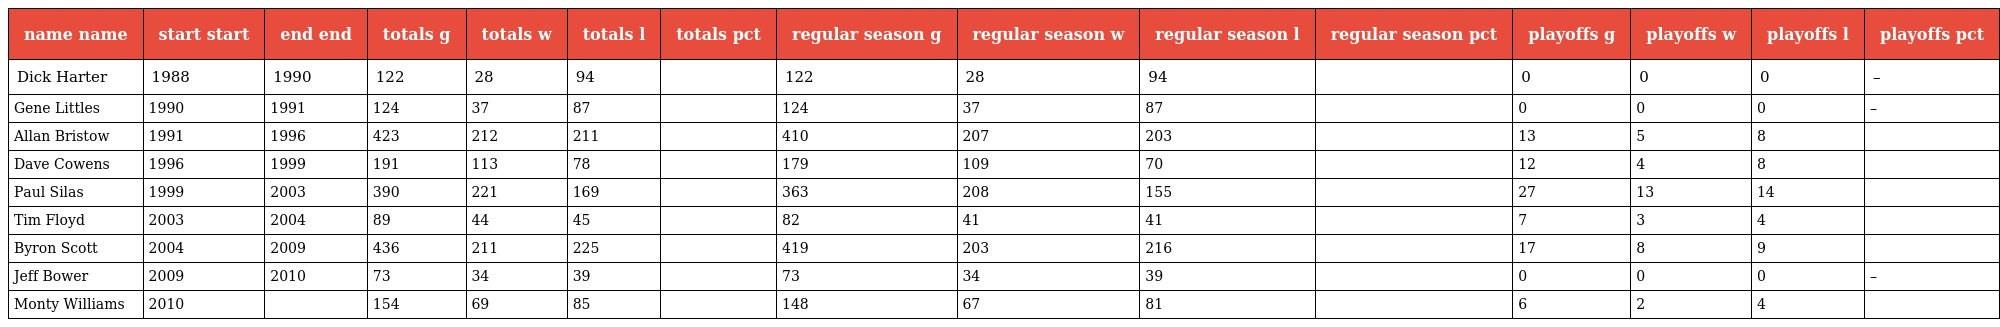
| name name | start start | end end | totals g | totals w | totals l | totals pct | regular season g | regular season w | regular season l | regular season pct | playoffs g | playoffs w | playoffs l | playoffs pct |
 | --- | --- | --- | --- | --- | --- | --- | --- | --- | --- | --- | --- | --- | --- | --- |
 | Dick Harter | 1988 | 1990 | 122 | 28 | 94 |  | 122 | 28 | 94 |  | 0 | 0 | 0 | – |
 | Gene Littles | 1990 | 1991 | 124 | 37 | 87 |  | 124 | 37 | 87 |  | 0 | 0 | 0 | – |
 | Allan Bristow | 1991 | 1996 | 423 | 212 | 211 |  | 410 | 207 | 203 |  | 13 | 5 | 8 |  |
 | Dave Cowens | 1996 | 1999 | 191 | 113 | 78 |  | 179 | 109 | 70 |  | 12 | 4 | 8 |  |
 | Paul Silas | 1999 | 2003 | 390 | 221 | 169 |  | 363 | 208 | 155 |  | 27 | 13 | 14 |  |
 | Tim Floyd | 2003 | 2004 | 89 | 44 | 45 |  | 82 | 41 | 41 |  | 7 | 3 | 4 |  |
 | Byron Scott | 2004 | 2009 | 436 | 211 | 225 |  | 419 | 203 | 216 |  | 17 | 8 | 9 |  |
 | Jeff Bower | 2009 | 2010 | 73 | 34 | 39 |  | 73 | 34 | 39 |  | 0 | 0 | 0 | – |
 | Monty Williams | 2010 |  | 154 | 69 | 85 |  | 148 | 67 | 81 |  | 6 | 2 | 4 |  |